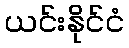
ယင်းနိုင်ငံ